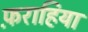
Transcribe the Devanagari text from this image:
फ़राहिया